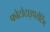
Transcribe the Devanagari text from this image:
फोटोटाइपसेटिंग